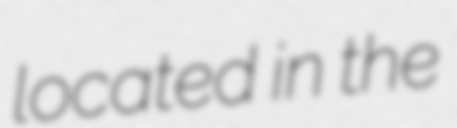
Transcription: located in the